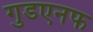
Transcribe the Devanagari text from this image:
गुडएनफ